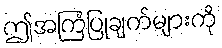
ဤအကြံပြုချက်များကို